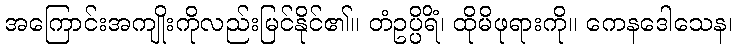
အကြောင်းအကျိုးကိုလည်းမြင်နိုင်၏။ တံဥပ္ပိရိံ၊ ထိုမိဖုရားကို။ ကေနဒေါသေန၊